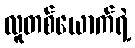
လူတစ်ယောက်ရဲ့